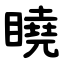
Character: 䁱